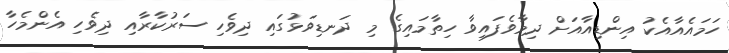
ހަމައެއާއެކު އިންޑިއާއަށް ދިމާވެފައިވާ ހިތާމައިގެ މި ދަނޑިވަޅުގައި ދިވެހި ސަރުކާރާއި ދިވެހި އެންމެހާ